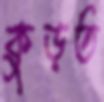
কুড়ত